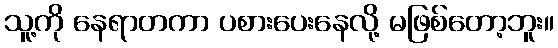
သူ့ကို နေရာတကာ ပစားပေးနေလို့ မဖြစ်တော့ဘူး။